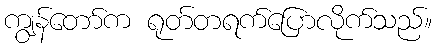
ကျွန်တော်က ရုတ်တရက်ပြောလိုက်သည်။